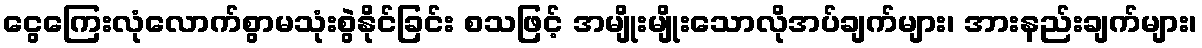
ငွေကြေးလုံလောက်စွာမသုံးစွဲနိုင်ခြင်း စသဖြင့် အမျိုးမျိုးသောလိုအပ်ချက်များ၊ အားနည်းချက်များ၊